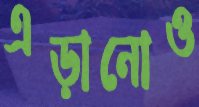
এড়ানোও